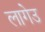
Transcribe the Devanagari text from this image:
लागेउ